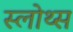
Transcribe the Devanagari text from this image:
स्लोथ्स